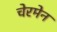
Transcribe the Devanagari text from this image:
चेरमेन